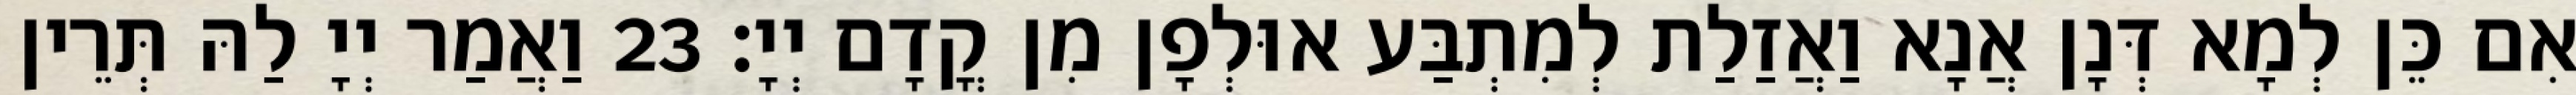
אִם כֵּן לְמָא דְּנָן אֲנָא וַאֲזַלַת לְמִתְבַּע אוּלְפָן מִן קֳדָם יְיָ׃ 23 וַאֲמַר יְיָ לַהּ תְּרֵין